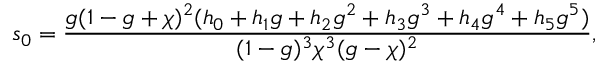
{ s } _ { 0 } = \frac { g ( 1 - g + \chi ) ^ { 2 } ( h _ { 0 } + h _ { 1 } g + h _ { 2 } g ^ { 2 } + h _ { 3 } g ^ { 3 } + h _ { 4 } g ^ { 4 } + h _ { 5 } g ^ { 5 } ) } { ( 1 - g ) ^ { 3 } \chi ^ { 3 } ( g - \chi ) ^ { 2 } } ,